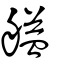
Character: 艗